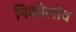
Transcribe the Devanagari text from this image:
निकोलोव